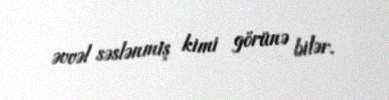
əvvəl səslənmiş kimi görünə bilər.